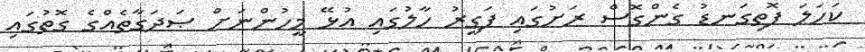
ކަހަލަ ފޮތިގަނޑު ގެންގޮސް ރަށުގައި ފަގީރު ހާލުގައި އުޅޭ މީހުންނަށް ޞަދަގާތެއްގެ ގޮތުގައި